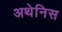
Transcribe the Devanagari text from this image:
अथेनिस